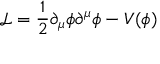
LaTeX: \mathcal { L } = \frac { 1 } { 2 } \partial _ { \mu } \phi \partial ^ { \mu } \phi - V ( \phi )